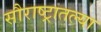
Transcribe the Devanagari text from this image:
सौराष्ट्रातल्या